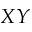
X Y